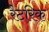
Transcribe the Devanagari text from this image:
रैटरिक